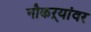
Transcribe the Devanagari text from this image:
नौकऱ्यांवर